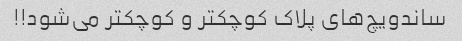
ساندویچ‌های پلاک کوچکتر و کوچکتر می‌شود!!